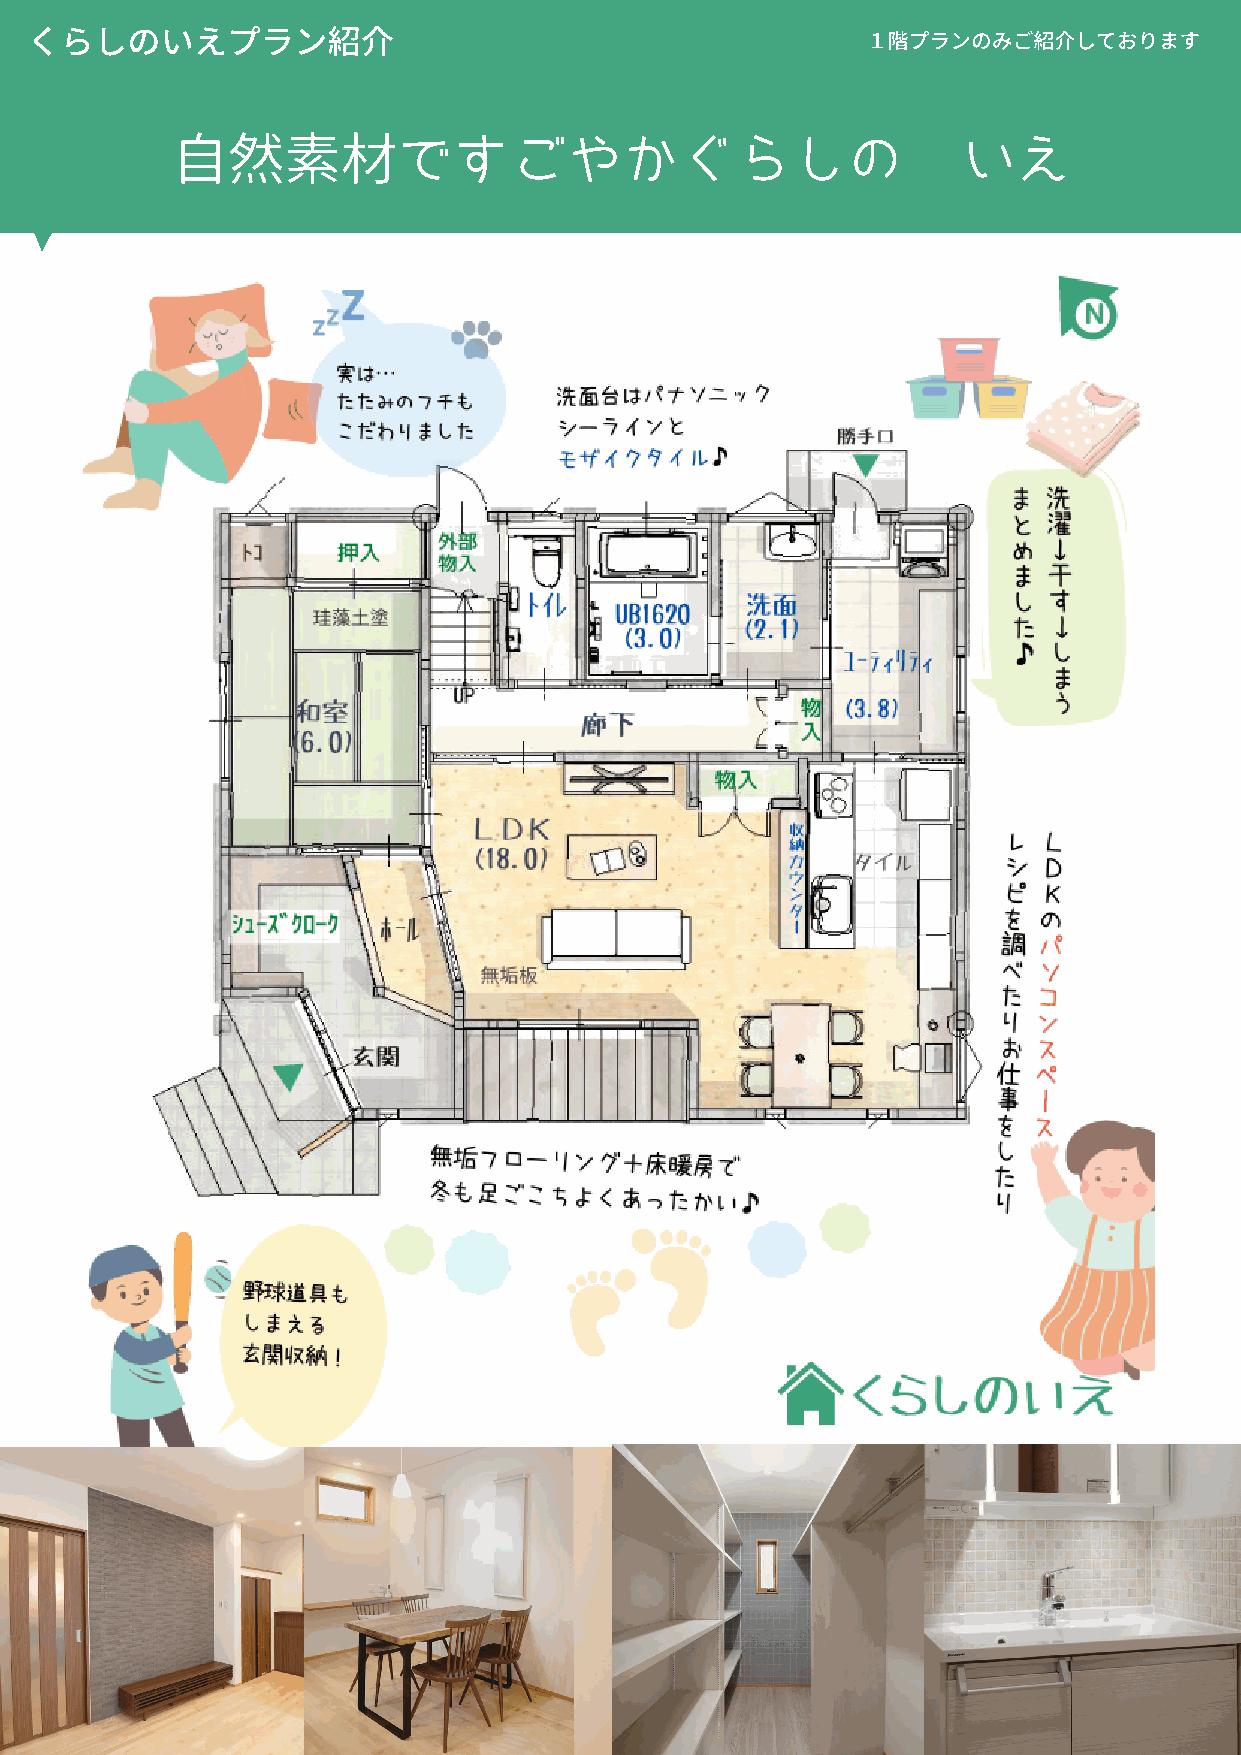
くらしのいえプラン紹介
 １階プランのみご紹介しております
 ⾃然素材ですごやかぐらしの                                        いえ